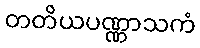
တတိယပဏ္ဏာသကံ